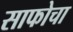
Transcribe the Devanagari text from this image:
साफोचा